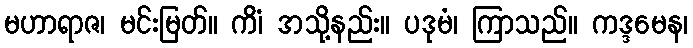
မဟာရာဇ၊ မင်းမြတ်။ ကိံ၊ အသို့နည်း။ ပဒုမံ၊ ကြာသည်။ ကဒ္ဒမေန၊